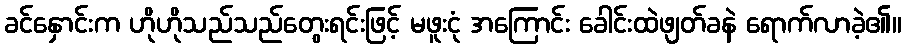
ခင်နှောင်းက ဟိုဟိုသည်သည်တွေးရင်းဖြင့် မဖူးငုံ အကြောင်း ခေါင်းထဲဖျတ်ခနဲ ရောက်လာခဲ့၏။